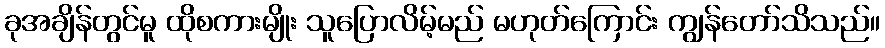
ခုအချိန်တွင်မူ ထိုစကားမျိုး သူပြောလိမ့်မည် မဟုတ်ကြောင်း ကျွန်တော်သိသည်။